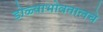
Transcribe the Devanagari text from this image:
डोळ्याभोवतालचे